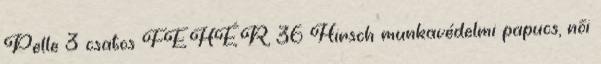
Pelle 3 csatos FEHÉR, 36 Hirsch munkavédelmi papucs, női